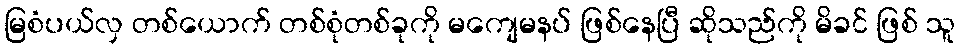
မြစံပယ်လှ တစ်ယောက် တစ်စုံတစ်ခုကို မကျေမနပ် ဖြစ်နေပြီ ဆိုသည်ကို မိခင် ဖြစ် သူ